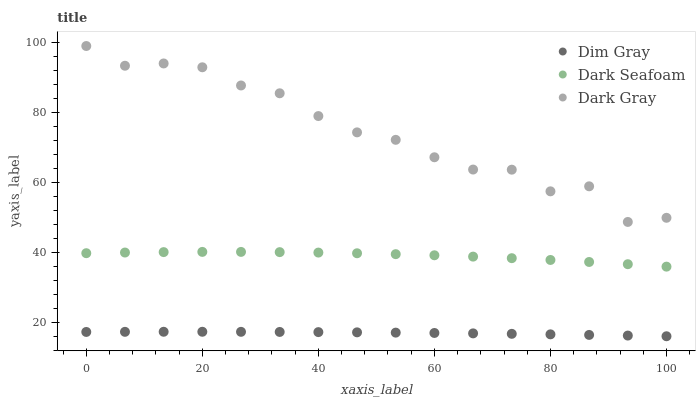
| xaxis_label | Dim Gray | Dark Seafoam | Dark Gray |
 | --- | --- | --- | --- |
 | 0 | 17.3 | 39.8 | 99 |
 | 6.67 | 17.3 | 40 | 93.4 |
 | 13.3 | 17.4 | 40.1 | 94 |
 | 20 | 17.4 | 40.2 | 92.9 |
 | 26.7 | 17.3 | 40.2 | 87.7 |
 | 33.3 | 17.3 | 40.1 | 85.5 |
 | 40 | 17.3 | 40 | 79 |
 | 46.7 | 17.2 | 39.8 | 74.3 |
 | 53.3 | 17.1 | 39.5 | 72.2 |
 | 60 | 17 | 39.2 | 67.2 |
 | 66.7 | 16.9 | 38.8 | 63.7 |
 | 73.3 | 16.8 | 38.4 | 63.7 |
 | 80 | 16.6 | 37.9 | 57.5 |
 | 86.7 | 16.5 | 37.3 | 58.9 |
 | 93.3 | 16.3 | 36.7 | 48.7 |
 | 100 | 16.1 | 36 | 49.9 |